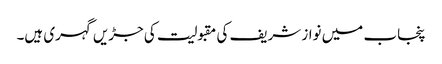
پنجاب میں نواز شریف کی مقبولیت کی جڑیں گہری ہیں۔